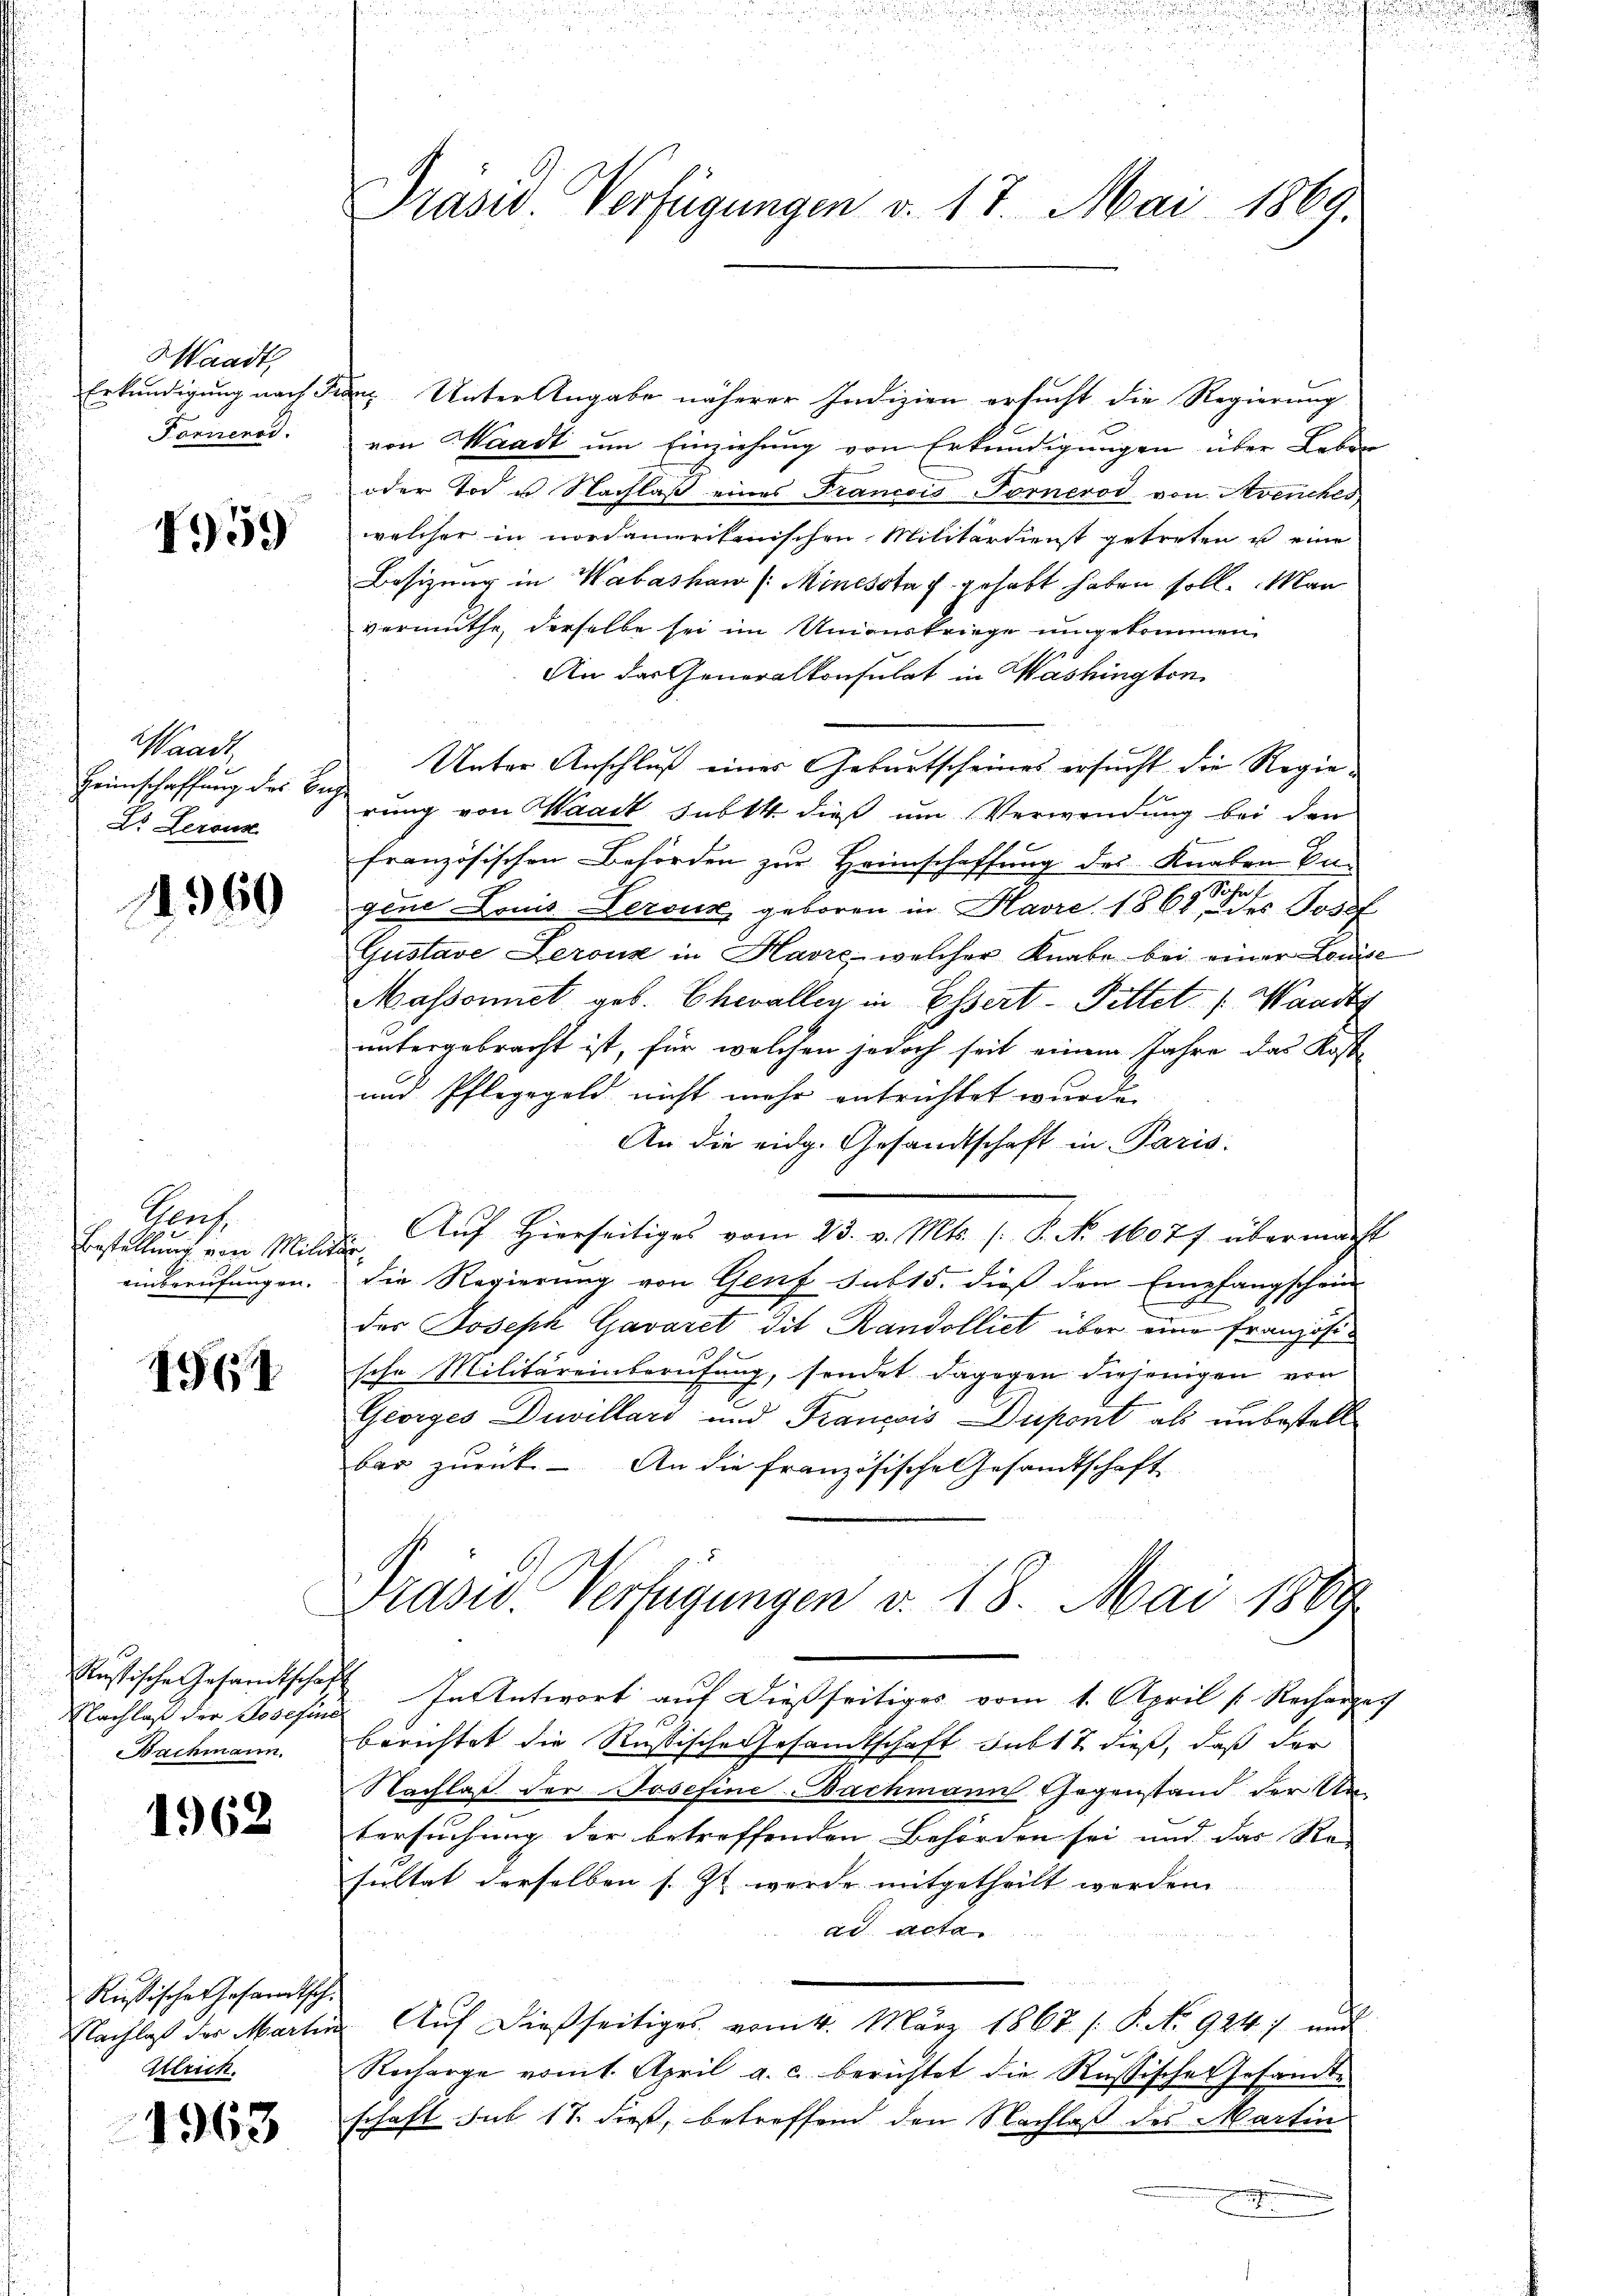
Waadt,
Erkundigung nach de
Fornenod.

4959

Waadt
Heimschaffung des Be¬
Do Lerous

11960

Prof.
Bestellung von Milit
einberufungen.

1.1

Russische Gesandtschaf
Nachlaß der Losefin
Bachmann.

1962

Rußische Gesandtsch.
Nachlaß der Martin
Ullrich.

1963

Prasid. Verfügungen v. 17. Mai 1869.

der Unter Angabe näherer Indizien ersucht die Regierung
von Waadt um Einziehung von Erkundigungen über Leben
oder Tod u Nachlaß eines Francois Torneros von Avenches
welcher in nordamerikanischen Militärdienst getreten u eine
Besizung in Wabaskau /:Mincsota u. gehabt haben soll. Man
vermuthe, derselbe sei im Unionskriege umgekommen
An das Generalkonsulat in Washington
Unter Anschluß eines Geburtscheines ersucht die Regierung von Waadt subst dieß um Verwendung bei den
französischen Behörden zur Heimschaffung des Knaben begene Louis Versus geboren in Havre 1868 des Josef
Gustave Lerouz in Havre, welcher Knabe bei einer Louise
Massonnet geb. Chevaller in Essert- Pittet : Waadt
untergebracht ist, für welchen jedoch seit einem Jahre das Kost
und Pfleggeld nicht mehr entrichtet wurde.
An die eidg. Gesandtschaft in Paris
Auf Hierseitiges vom 23. v. Mts. (: P. No. 16077 übermacht
f
die Regierung von Genf sub 15. dieß den Empfangschein
des Joseph Gavaret dit Randolliet über eine Französische Militäreinberufung, sendet. Dagegen diejenigen von
Georges Duellars und François Dupont als unbestell
bar zurück. - An die Französische Gesamtschaft
Grasw. Verfügungen v. 18. Mai 1889
In Antwort auf dießseitiges vom 1. April [ Rechanze
berichtet die Rußische Gesandtschaft Subst dieß, daß der
Nachlaß der Josefine Bachmann Gegenstand der Un-
tersuchung der betreffenden Behörden sei und das Re
sultat derselben s. Zt werde mitgetheilt worden.
ad acta.
Aŭf dießseitiges vom 4. März 1867 /: P. No. 924.) und
Recharge vom 1. April a. c. berichtet die Russische Gesandte
schaft sub 18. dieß, betreffend den Nachlaß des Martin
E

a